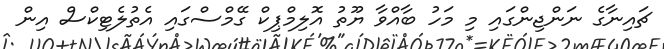
ޗައިނާގެ ނަންޖިންގައި މި މަހު ބާއްވާ ޔޫތު އޮލިމްޕިކް ގޭމްސްގައި އެތުލެޓިކްސް އިން